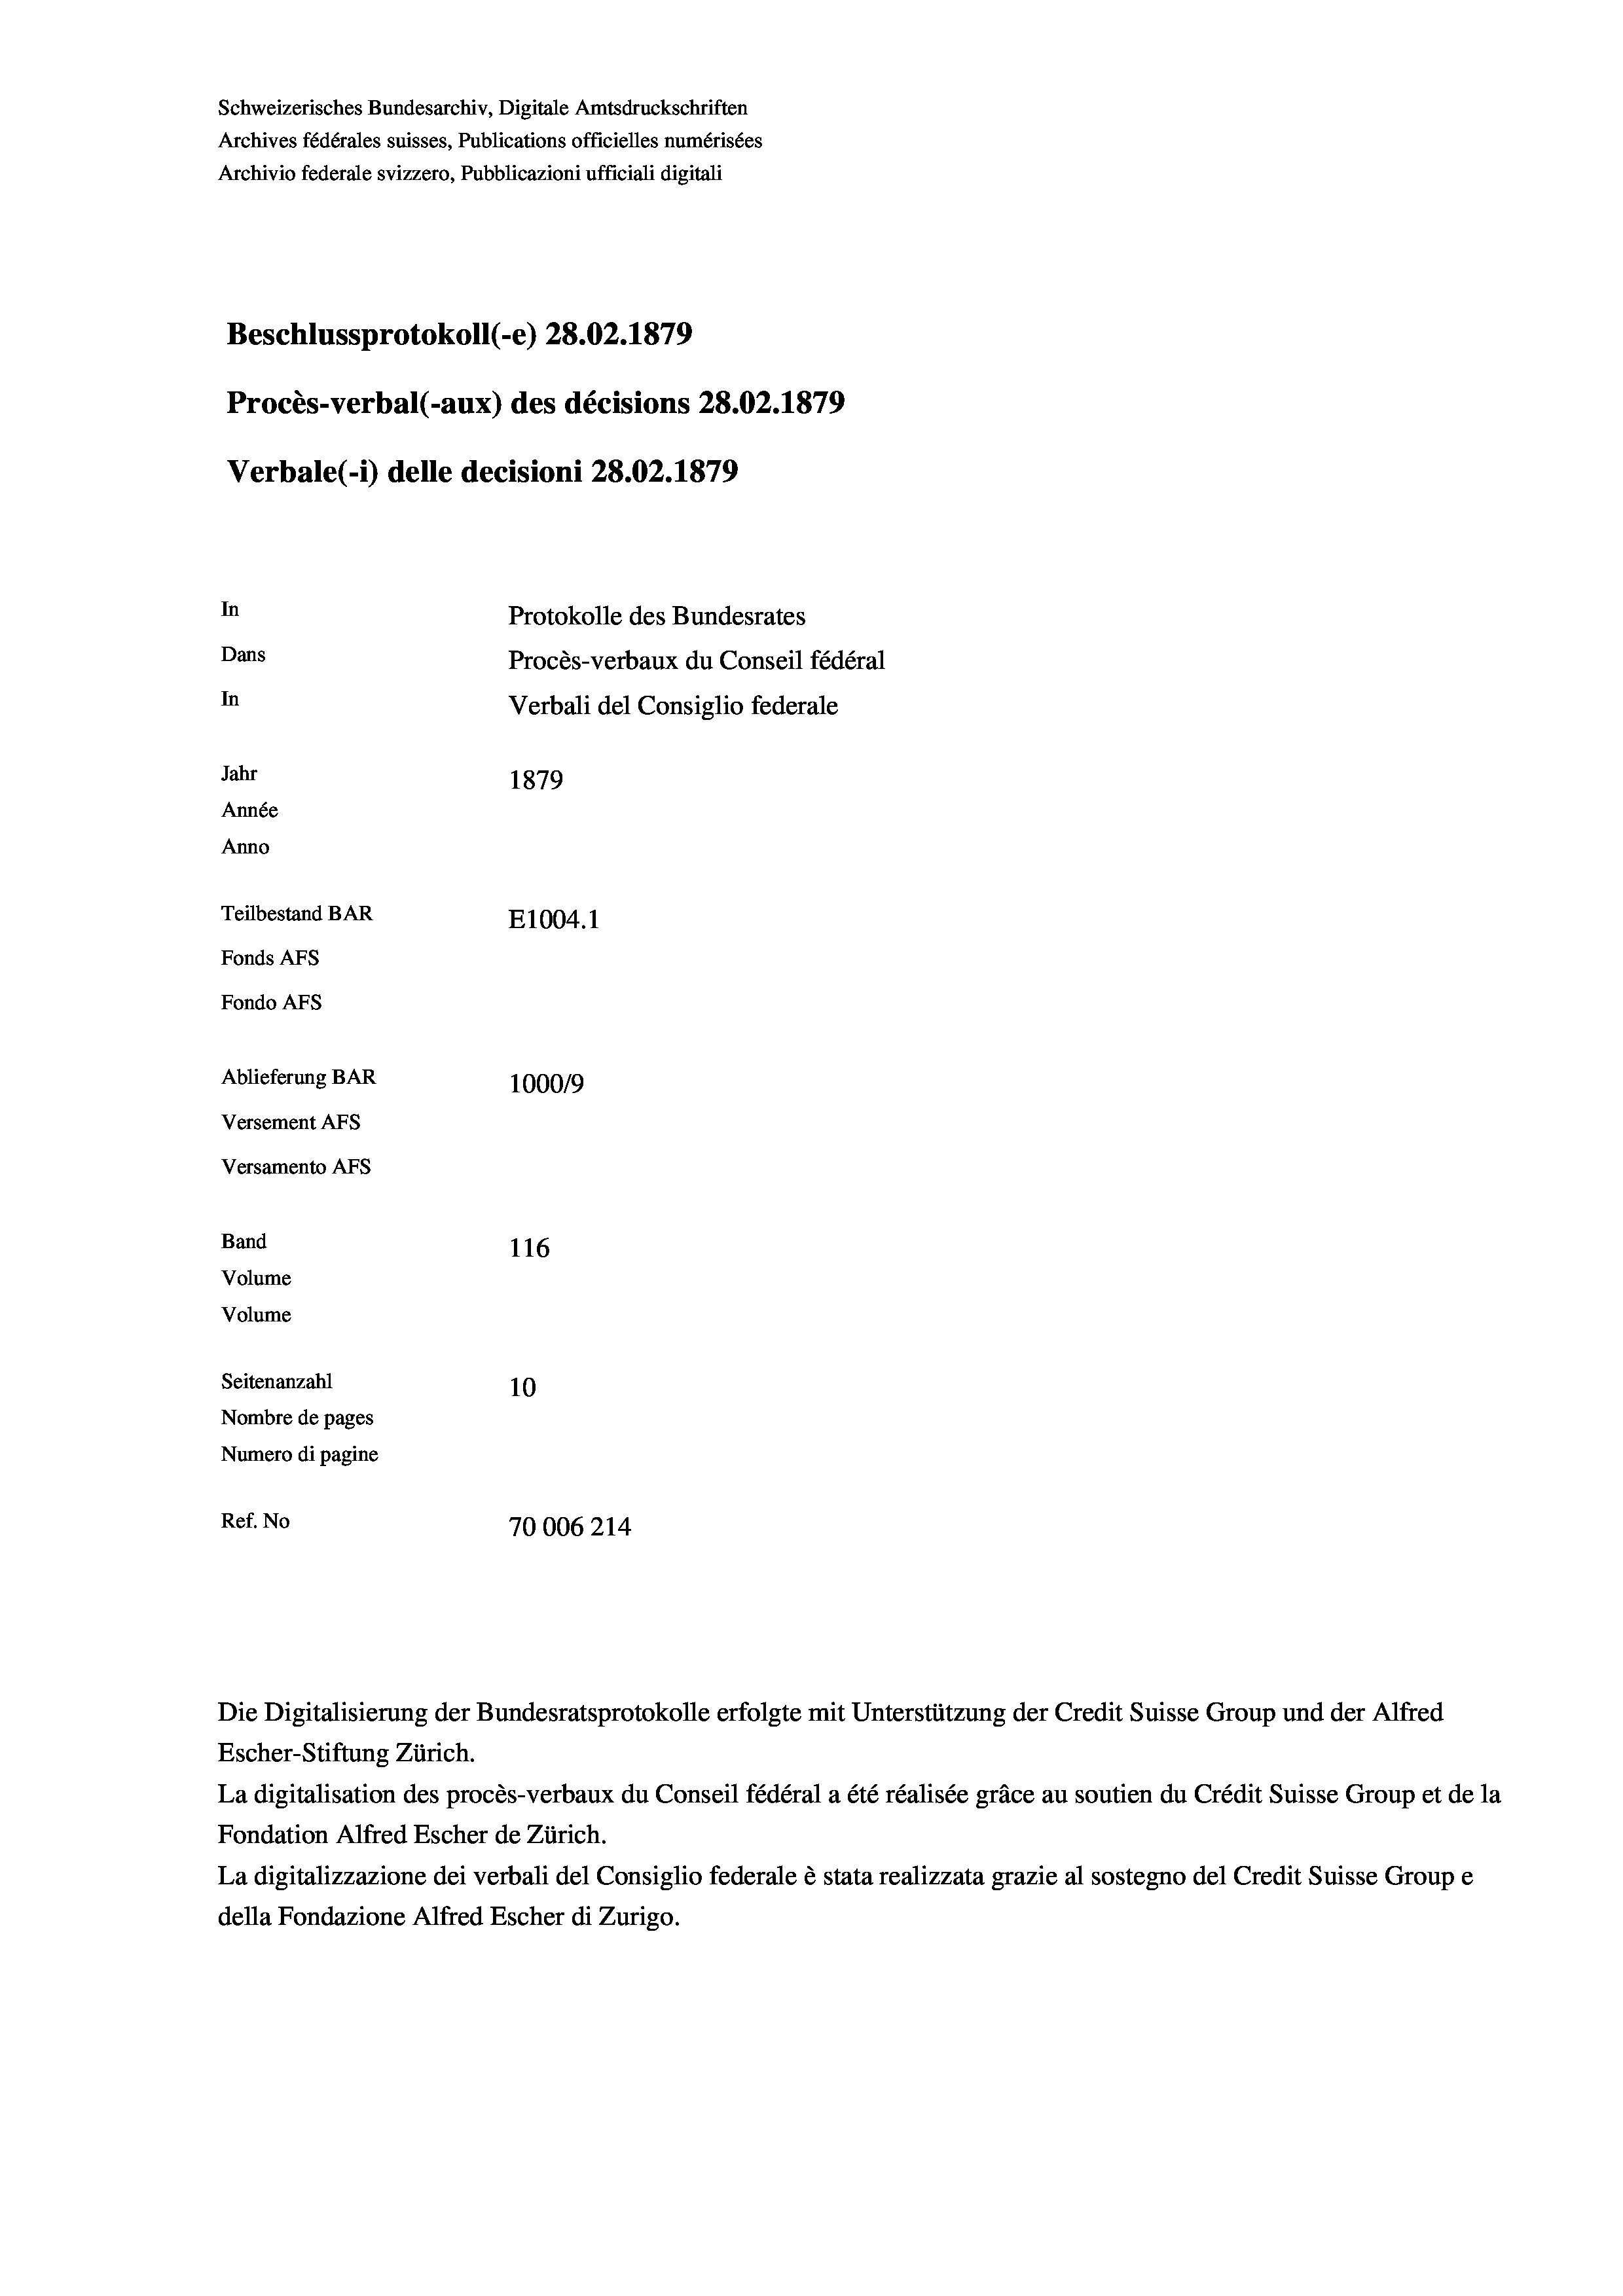
Schweizerisches Bundesarchiv, Digitale Amtsdruckschriften
Archives fédérales suisses, Publications officielles numérisées
Archivio federale svizzero, Pubblicazioni ufficiali digitali
Beschlussprotokoll (-e) 28.02. 1879
Procès-verbal (-aux) des décisions 28.02. 1879
Verbale (1) delle decisioni 28.02. 1879
In
Protokolle des Bundesrates
Dans
Procès-verbaux du Conseil fédéral
In
Verbali del Consiglio federale
Jahr
1879
Année
Anno
Teilbestand BAR
E1004. 1
Fonds AFs
Fondo AFs
Ablieferung BAR
1000/9
Versement Abs
Versamento Afs
Band
116
Volume
Volume

Seitenanzahl
10
Nombre de pages
Numero di pagine
Ref. No
70006214

Escher-Stiftung Zürich.
La digitalisation des procès-verbaux du Conseil fédéral a été réalisée gräce au soutien du Crédit Suisse Group et de la
Fondation Alfred Escher de Zürich.
La digitalizzazione dei verbali del Consiglio federale è stata realizzata grazie al sostegno del Credit Suisse Groupe
della Fondazione Alfred Escher di Zurigo.

Die Digitalisierung der Bundesratsprotokolle erfolgte mit Unterstützung der Credit Suisse Group und der Alfred